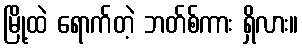
မြို့ထဲ ရောက်တဲ့ ဘတ်စ်ကား ရှိလား။